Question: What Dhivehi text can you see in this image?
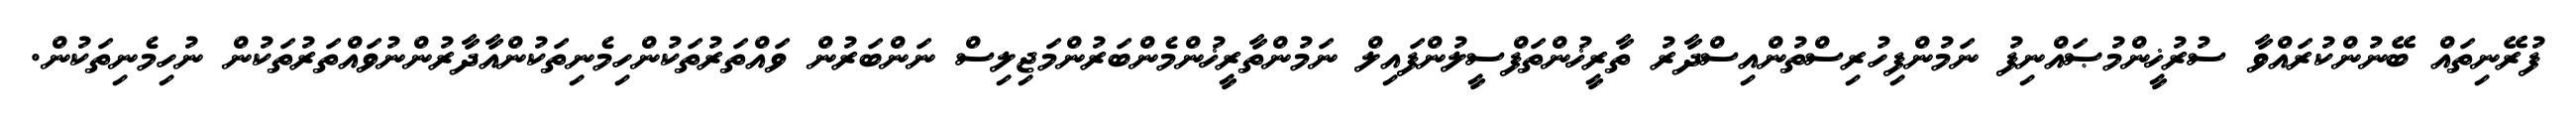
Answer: ފުރޭނިތައް ބޭނުންކުރައްވާ ސުރުޚީންމުޞައްނިފު ނަމުންފިހުރިސްތުންއިސްދާރު ތާރީޚުންތަފްސީލުންފައިލް ނަމުންތާރީޚުންމެންބަރުންމަޖިލިސް ނަންބަރުން ވައްތަރުތަކުންހިމެނިތަކުންއާދާރުންނުވައްތަރުތަކުން ނުހިމެނިތަކުން.